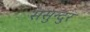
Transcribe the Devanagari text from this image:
ससुन्दुर